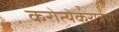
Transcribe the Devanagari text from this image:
करोत्येकरात्रेण